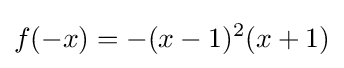
f(-x)=-(x-1)^{2}(x+1)